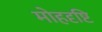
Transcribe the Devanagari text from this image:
मोहदृष्टि